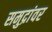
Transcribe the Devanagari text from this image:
समुद्रांवर